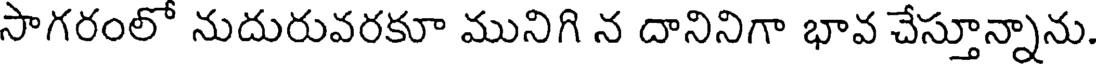
సాగరంలో నుదురువరకూ మునిగి న దానినిగా భావ చేస్తూన్నాను.